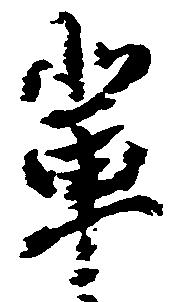
輩